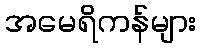
အမေရိကန်များ